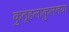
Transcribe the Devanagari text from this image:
कुतूहलाकुलतया